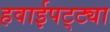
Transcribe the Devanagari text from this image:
हवाईपट्ट्या